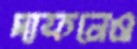
দাফনেও